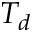
T _ { d }